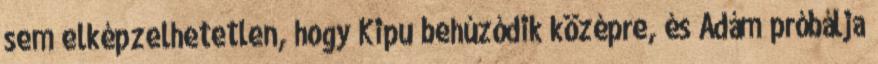
sem elképzelhetetlen, hogy Kipu behúzódik középre, és Ádám próbálja